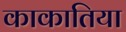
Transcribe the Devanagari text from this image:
काकातिया